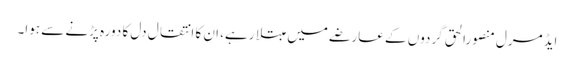
ایڈمرل منصورالحق گردوں کے عارضے میں مبتلا رہے، ان کا انتقال دل کا دورہ پڑنے سے ہوا۔